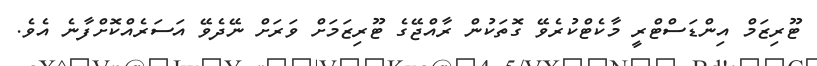
ޓޫރިޒަމް އިންޑަސްޓްރީ މާކެޓްކުރެވޭ ގޮތަކުން ރާއްޖޭގެ ޓޫރިޒަމަށް ވަރަށް ނޭދެވޭ އަސަރެއްކޮށްފާނެ އެވެ.